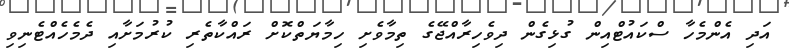
އަދި އެންމެހާ ސްކައުޓްއިން ގުޅިގެން ދިވެހިރާއްޖޭގެ ތިމާވެށި ހިމާޔަތްކޮށް ރައްކާތެރި ކުރުމަށާއި ދެމެހެއްޓެނިވި